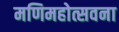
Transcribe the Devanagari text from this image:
मणिमहोत्सवना